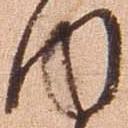
内